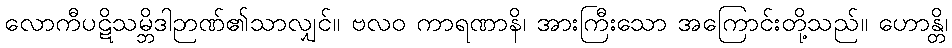
လောကီပဋိသမ္ဘိဒါဉာဏ်၏သာလျှင်။ ဗလဝ ကာရဏာနိ၊ အားကြီးသော အကြောင်းတို့သည်။ ဟောန္တိ၊